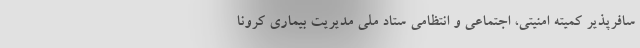
سافرپذیر کمیته امنیتی، اجتماعی و انتظامی ستاد ملی مدیریت بیماری کرونا